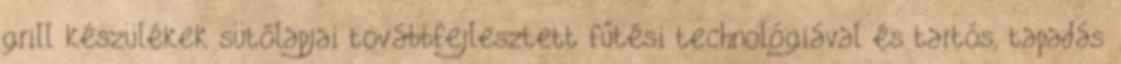
grill készülékek sütőlapjai továbbfejlesztett fűtési technológiával és tartós, tapadás